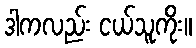
ဒါကလည်း ငယ်သူကိုး။